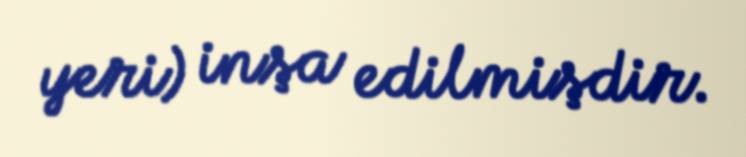
yeri) inşa edilmişdir.